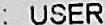
: USER